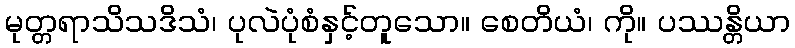
မုတ္တရာသိသဒိသံ၊ ပုလဲပုံစံနှင့်တူသော။ စေတိယံ၊ ကို။ ပဿန္တိယာ